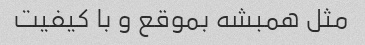
مثل همبشه بموقع و با کیفیت